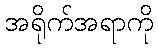
အရိုက်အရာကို